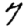
Digit: 7